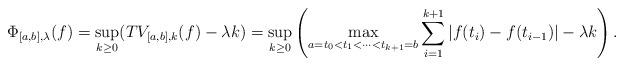
LaTeX: \begin{align*}\Phi_{[a,b],\lambda}(f)=\sup_{k\ge0}(TV_{[a,b],k}(f)-\lambda k)=\sup_{k\ge0}\left(\max_{a=t_{0}<t_{1}<\cdots<t_{k+1}=b}\sum_{i=1}^{k+1}|f(t_{i})-f(t_{i-1})|-\lambda k\right).\end{align*}